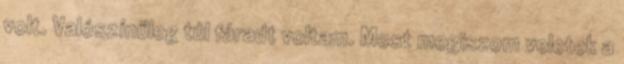
volt. Valószínűleg túl fáradt voltam. Most megiszom veletek a